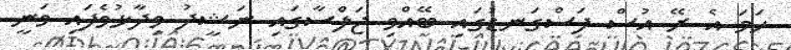
ހަމަ އެ ރޭ އުސް ފަސްގަނޑުގައި ބޭއްވި ޖަލްސާގައި ނަޝީދު ވިދާޅުވެފައި ވަނީ